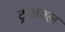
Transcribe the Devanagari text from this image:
ट्रांसवल